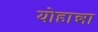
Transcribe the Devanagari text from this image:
योहान्ना